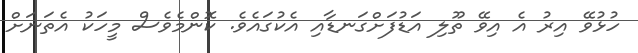
ހުޅުވޭ އިރު އެ އިވޭ ތޫލި އަޑުފަށްގަނޑާއި އެކުގައެވެ. ކޮންމެވެސް މީހަކު އެތަނަށް